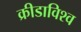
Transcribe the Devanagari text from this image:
क्रीडाविश्व